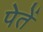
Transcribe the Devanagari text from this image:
पेतें